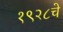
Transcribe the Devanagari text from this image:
१९२८चे